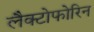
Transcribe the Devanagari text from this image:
लैक्टोफोरिन